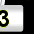
Digit: 3